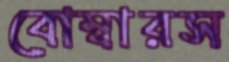
বোম্বারস